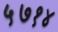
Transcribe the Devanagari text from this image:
५७१४